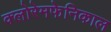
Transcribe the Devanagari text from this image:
क्लोरेमफेनिकाल